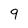
Character: 9